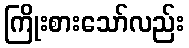
ကြိုးစားသော်လည်း